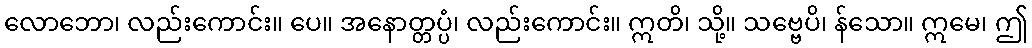
လောဘော၊ လည်းကောင်း။ ပေ။ အနောတ္တပ္ပံ၊ လည်းကောင်း။ ဣတိ၊ သို့။ သဗ္ဗေပိ၊ န်သော။ ဣမေ၊ ဤ